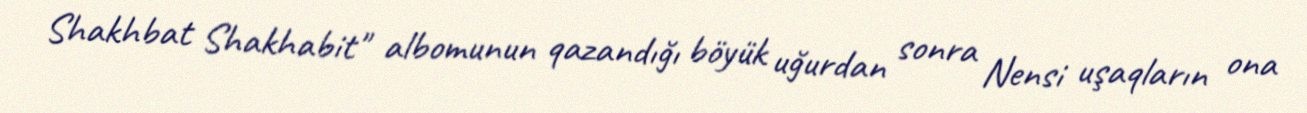
Shakhbat Shakhabit" albomunun qazandığı böyük uğurdan sonra Nensi uşaqların ona